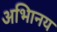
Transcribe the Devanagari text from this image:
अभािनय